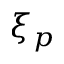
\xi _ { p }